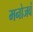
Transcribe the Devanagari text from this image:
मनोजवं